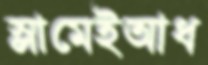
স্লামেইআধ